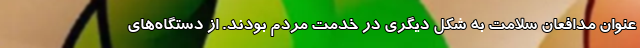
عنوان مدافعان سلامت به شکل دیگری در خدمت مردم بودند. از دستگاه‌های